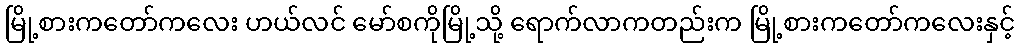
မြို့စားကတော်ကလေး ဟယ်လင် မော်စကိုမြို့သို့ ရောက်လာကတည်းက မြို့စားကတော်ကလေးနှင့်